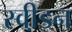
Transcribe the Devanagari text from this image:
स्वी़डन